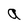
Character: a